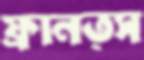
ফ্রানত্স